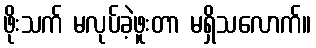
ဖိုးသက် မလုပ်ခဲ့ဖူးတာ မရှိသလောက်။